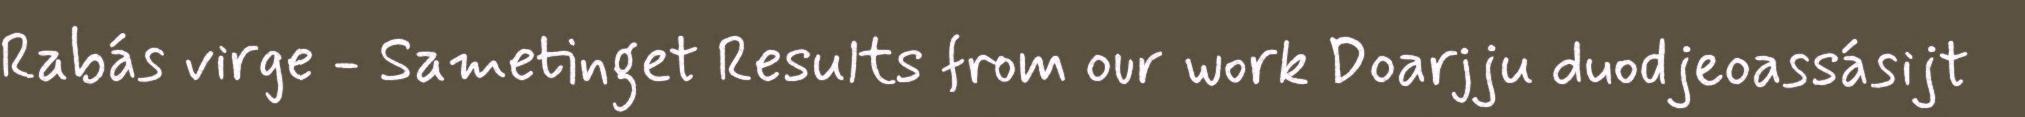
Rabás virge - Sametinget Results from our work Doarjju duodjeoassásijt